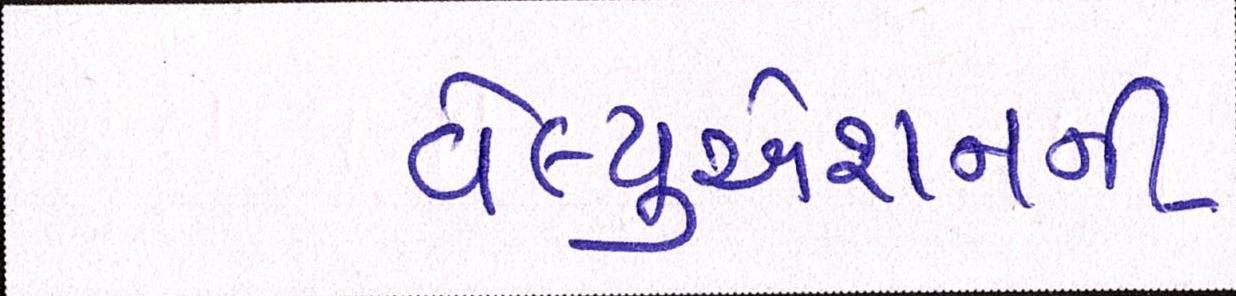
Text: વેલ્યુએશનની